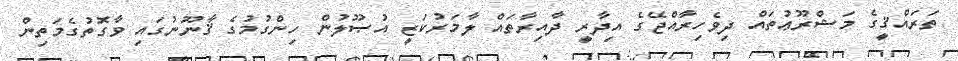
ތަރައްޤީގެ މަޝްރޫޢުތައް ދިވެހިރާއްޖޭގެ އިދާރީ ދާއިރާތައް ލާމަރުކަޒީ އުޞޫލުން ހިންގުމުގެ ޤާނޫނުގައި ވާގޮތުގެމަތިން